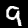
Label: 9